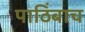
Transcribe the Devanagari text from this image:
पाठिंबाच